Vaccination in Bombay 1902-1912 - 1902-1912
Year: 1902
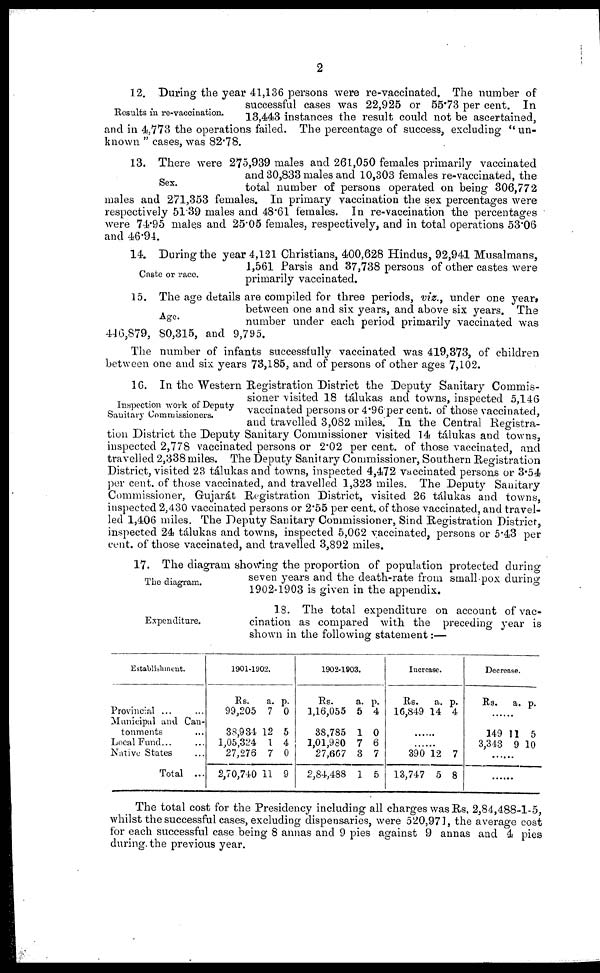
2
Results in re-vaccination.
12. During the year 41,136 persons were re-vaccinated. The number of
successful cases was 22,925 or 55.73 per cent. In
13,443 instances the result could not be ascertained,
and in 4,773 the operations failed. The percentage of success, excluding "un-
known" cases, was 82.78.
Sex.
13. There were 275,939 males and 261,050 females primarily vaccinated
and 30,833 males and 10,303 females re-vaccinated, the
total number of persons operated on being 306,772
males and 274,353 females. In primary vaccination the sex percentages were
respectively 51.39 males and 48.61 females. In re-vaccination the percentages
were 74.95 males and 25.05 females, respectively, and in total operations 53.06
and 46.94.
Caste or race.
14. During the year 4,121 Christians, 400,628 Hindus, 92,941 Musalmans,
1,561 Parsis and 37,738 persons of other castes were
primarily vaccinated.
Age.
15. The age details are compiled for three periods, viz., under one year,
between one and six years, and above six years. The
number under each period primarily vaccinated was
446,879, 80,315, and 9,795.
The number of infants successfully vaccinated was 419,373, of children
between one and six years 73,185, and of persons of other ages 7,102.
Inspection work of Deputy
Sanitary Commissioners.
16. In the Western Registration District the Deputy Sanitary Commis-
sioner visited 18 tálukas and towns, inspected 5,146
vaccinated persons or 4.96 per cent. of those vaccinated,
and travelled 3,082 miles. In the Central Registra-
tion District the Deputy Sanitary Commissioner visited 14 tálukas and towns,
inspected 2,778 vaccinated persons or 2.02 per cent. of those vaccinated, and
travelled 2,338 miles. The Deputy Sanitary Commissioner, Southern Registration
District, visited 23 tálukas and towns, inspected 4,472 vaccinated persons or 3.54
per cent. of those vaccinated, and travelled 1,323 miles. The Deputy Sanitary
Commissioner, Gujarát Registration District, visited 26 tálukas and towns,
inspected 2,430 vaccinated persons or 2.55 per cent. of those vaccinated, and travel-
led 1,406 miles. The Deputy Sanitary Commissioner, Sind Registration District,
inspected 24 tálukas and towns, inspected 5,062 vaccinated, persons or 5.43 per
cent. of those vaccinated, and travelled 3,892 miles.
The diagram.
17. The diagram showing the proportion of population protected during
seven years and the death-rate from small-pox during
1902-1903 is given in the appendix.
Expenditure.
18. The total expenditure on account of vac-
cination as compared with the preceding year is
shown in the following statement:—
Establishment.
Provincial ... ...
Municipal and Can-
tonments ...
Local Fund... ...
Native States ...
Total ...
1901-1902.
Rs.
99,205
38,934
1,05,324
27,276
2,70,740
a.
7
12
1
7
11
p.
0
5
4
0
9
1902-1903.
Rs.
1,16,055
38,785
1,01,980
27,667
2,84,488
a.
5
1
7
3
1
p.
4
0
6
7
5
Increase.
Rs.
16,849
a.
14
p.
4
......
......
390
13,747
12
5
7
8
Decrease.
Rs.
a. p.
......
149
3,343
11
9
5
10
......
......
The total cost for the Presidency including all charges was Rs. 2,84,488-1-5,
whilst the successful cases, excluding dispensaries, were 520,971, the average cost
for each successful case being 8 annas and 9 pies against 9 annas and 4 pies
during the previous year.